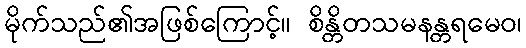
မိုက်သည်၏အဖြစ်ကြောင့်။ စိန္တိတသမနန္တရမေဝ၊